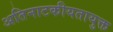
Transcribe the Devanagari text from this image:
अतिनाटकीयतायुक्त